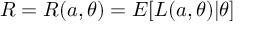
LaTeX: R = R ( a , \theta ) = E [ L ( a , \theta ) | \theta ]